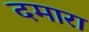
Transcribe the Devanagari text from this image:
दमारा